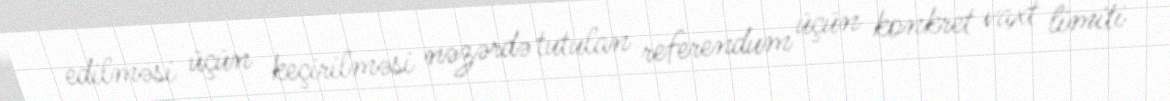
edilməsi üçün keçirilməsi nəzərdə tutulan referendum üçün konkret vaxt limiti